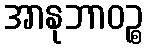
အာနုဘာဝဉ္စ